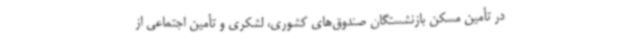
در تأمین مسکن بازنشستگان صندوق‌های کشوری، لشکری و تأمین اجتماعی از